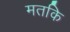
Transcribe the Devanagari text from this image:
मतकि